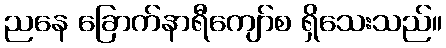
ညနေ ခြောက်နာရီကျော်စ ရှိသေးသည်။